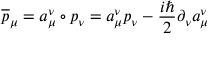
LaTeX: \overline { { { p } } } _ { \mu } = a _ { \mu } ^ { \nu } \circ p _ { \nu } = a _ { \mu } ^ { \nu } p _ { \nu } - \frac { i \hbar } { 2 } \partial _ { \nu } a _ { \mu } ^ { \nu }